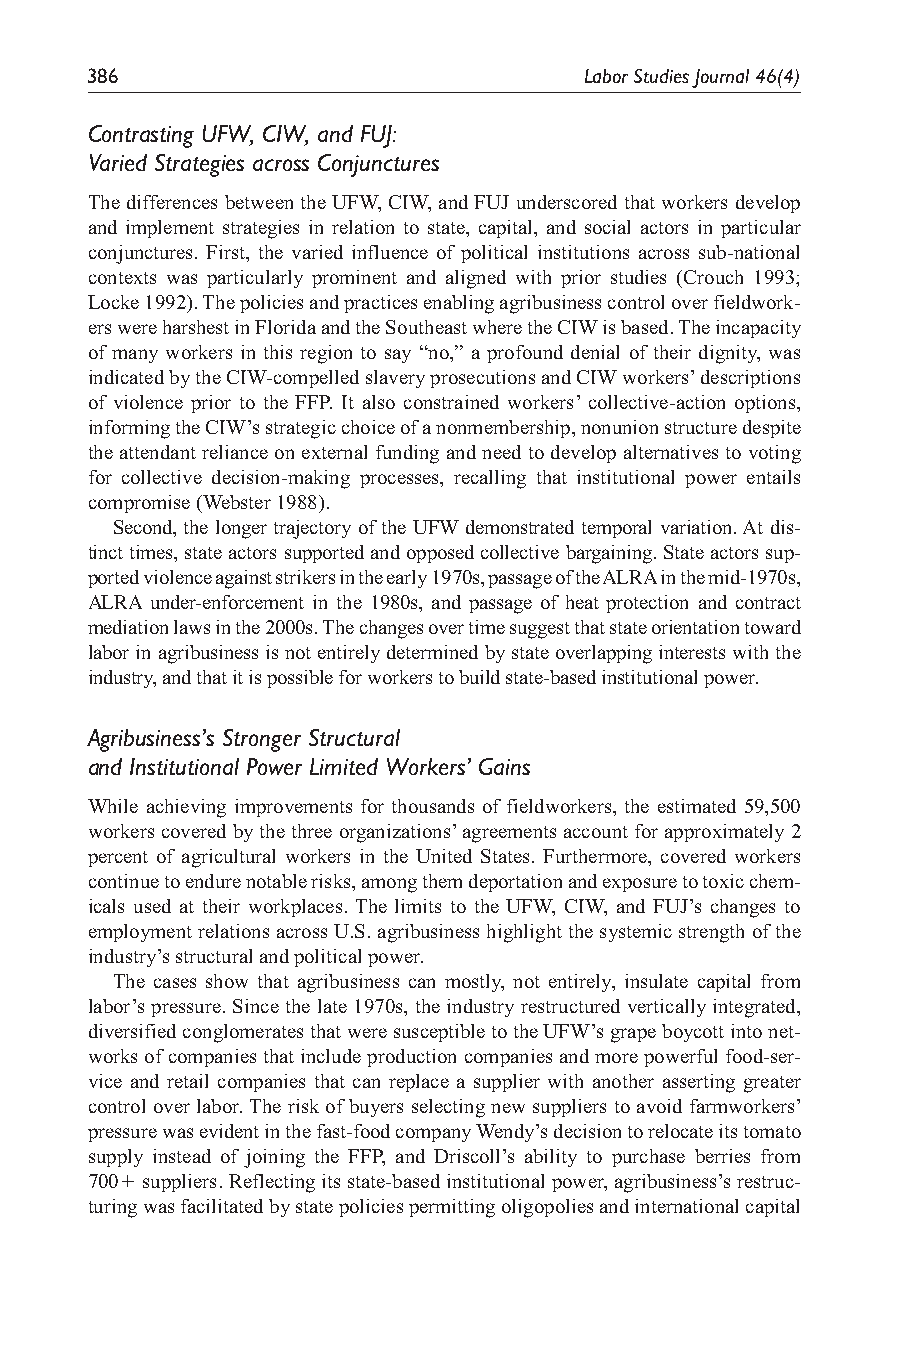
386                              Labor Studies Journal 46(4)
 Contrasting UFW, CIW, and FUJ:
 Varied Strategies across Conjunctures
 The differences between the UFW, CIW, and FUJ underscored that workers develop
 and implement strategies in relation to state, capital, and social actors in particular
 conjunctures. First, the varied influence of political institutions across sub-national
 contexts was particularly prominent and aligned with prior studies (Crouch 1993;
 Locke 1992). The policies and practices enabling agribusiness control over fieldwork-
 ers were harshest in Florida and the Southeast where the CIW is based. The incapacity
 of many workers in this region to say “no,” a profound denial of their dignity, was
 indicated by the CIW-compelled slavery prosecutions and CIW workers’ descriptions
 of violence prior to the FFP. It also constrained workers’ collective-action options,
 informing the CIW’s strategic choice of a nonmembership, nonunion structure despite
 the attendant reliance on external funding and need to develop alternatives to voting
 for collective decision-making processes, recalling that institutional power entails
 compromise (Webster 1988).
 Second, the longer trajectory of the UFW demonstrated temporal variation. At dis-
 tinct times, state actors supported and opposed collective bargaining. State actors sup-
 ported violence against strikers in the early 1970s, passage of the ALRA in the mid-1970s,
 ALRA under-enforcement in the 1980s, and passage of heat protection and contract
 mediation laws in the 2000s. The changes over time suggest that state orientation toward
 labor in agribusiness is not entirely determined by state overlapping interests with the
 industry, and that it is possible for workers to build state-based institutional power.
 Agribusiness’s Stronger Structural
 and Institutional Power Limited Workers’ Gains
 While achieving improvements for thousands of fieldworkers, the estimated 59,500
 workers covered by the three organizations’ agreements account for approximately 2
 percent of agricultural workers in the United States. Furthermore, covered workers
 continue to endure notable risks, among them deportation and exposure to toxic chem-
 icals used at their workplaces. The limits to the UFW, CIW, and FUJ’s changes to
 employment relations across U.S. agribusiness highlight the systemic strength of the
 industry’s structural and political power.
 The cases show that agribusiness can mostly, not entirely, insulate capital from
 labor’s pressure. Since the late 1970s, the industry restructured vertically integrated,
 diversified conglomerates that were susceptible to the UFW’s grape boycott into net-
 works of companies that include production companies and more powerful food-ser-
 vice and retail companies that can replace a supplier with another asserting greater
 control over labor. The risk of buyers selecting new suppliers to avoid farmworkers’
 pressure was evident in the fast-food company Wendy’s decision to relocate its tomato
 supply instead of joining the FFP, and Driscoll’s ability to purchase berries from
 700+ suppliers. Reflecting its state-based institutional power, agribusiness’s restruc-
 turing was facilitated by state policies permitting oligopolies and international capital